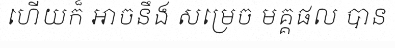
ហើយក៏ អាចនឹង សម្រេច មគ្គផល បាន